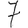
Digit: 7